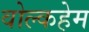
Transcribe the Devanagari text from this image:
वोल्कहेम